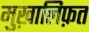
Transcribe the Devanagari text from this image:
मुख़ालिफ़त